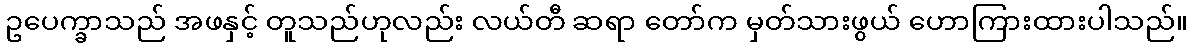
ဥပေက္ခာသည် အဖနှင့် တူသည်ဟုလည်း လယ်တီ ဆရာ တော်က မှတ်သားဖွယ် ဟောကြားထားပါသည်။